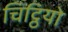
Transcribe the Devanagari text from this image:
चिट्ठियो